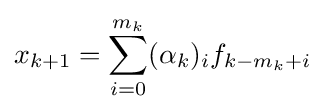
x_{k+1}=\sum _{i=0}^{m_{k}}(\alpha _{k})_{i}f_{k-m_{k}+i}